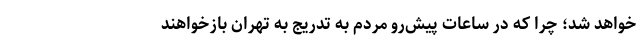
خواهد شد؛ چرا که در ساعات پیش‌رو مردم به تدریج به تهران بازخواهند